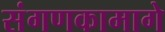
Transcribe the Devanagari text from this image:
संगणकामागे